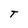
Character: T